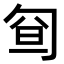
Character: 𠣡